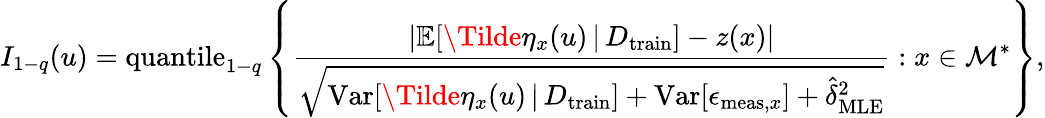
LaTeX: I_{1-q}(u)=\mathrm{quantile}_{1-q}\left\{ \frac{\lvert\mathbb{E}[\Tilde{\eta}_{x}(u)\, \vert\, D_{\mathrm{train}}]-z(x)\rvert}{\sqrt{\mathrm{Var}[\Tilde{\eta}_{x}(u)\, \vert\, D_{\mathrm{train}}]+\mathrm{Var}[\epsilon_{\mathrm{meas},x}]+\hat{\delta}_{\mathrm{MLE}}^{2}}}:x\in\mathcal{M}^{*}\right\} ,